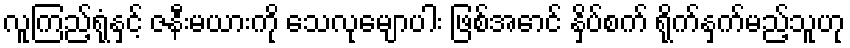
လူကြည့်ရုံနှင့် ဇနီးမယားကို သေလုမျောပါး ဖြစ်အောင် နှိပ်စက် ရိုက်နှက်မည့်သူဟု